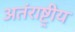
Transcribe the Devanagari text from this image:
अतंराष्ट्रीय